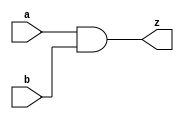
module and2t1(a, b, z);
	input a, b;
	output z;
	assign z = a & b;
endmodule